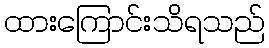
ထားကြောင်းသိရသည်